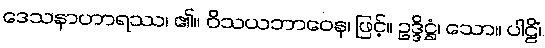
ဒေသနာဟာရဿ၊ ၏။ ဝိသယဘာဝေန၊ ဖြင့်။ ဥဒ္ဒိဋ္ဌံ၊ သော။ ပါဠိံ၊